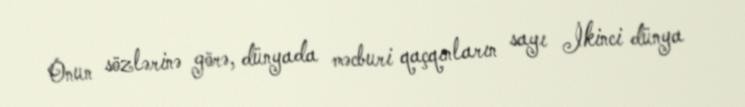
Onun sözlərinə görə, dünyada məcburi qaçqınların sayı İkinci dünya